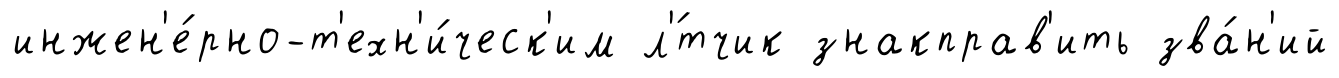
инжен'е́рно-т'ехн'и́ческ'им л'́тчик знакправ'ить зва́н'ий